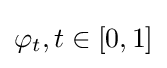
\varphi _{t},t\in [0,1]